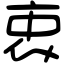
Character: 衷